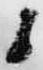
候